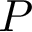
P